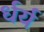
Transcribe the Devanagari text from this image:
र्धर्य